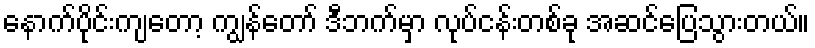
နောက်ပိုင်းကျတော့ ကျွန်တော် ဒီဘက်မှာ လုပ်ငန်းတစ်ခု အဆင်ပြေသွားတယ်။